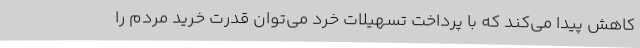
کاهش پیدا می‌کند که با پرداخت تسهیلات خرد می‌توان قدرت خرید مردم را